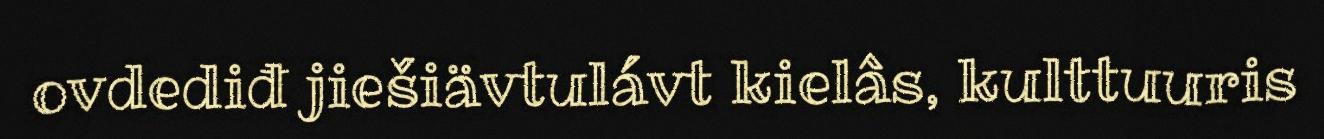
ovdediđ jiešiävtulávt kielâs, kulttuuris